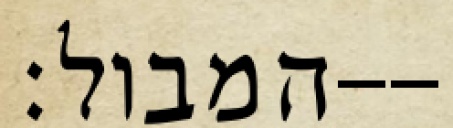
המבול׃--